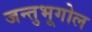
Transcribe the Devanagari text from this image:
जन्तुभूगोल